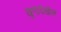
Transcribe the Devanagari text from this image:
खुणादेखील